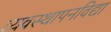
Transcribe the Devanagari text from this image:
व्यवस्थापनविद्या